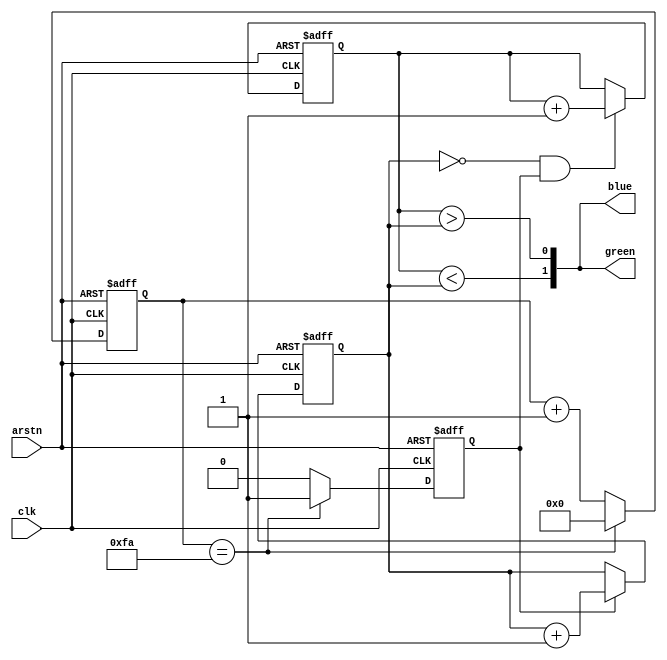
module ledctrl
    (input clk, arstn,
     output [1:0] green,
     output [1:0] blue);

  reg [23:0] cyclecnt;
  reg [7:0] sagtannur;
  reg [7:0] lysnad;
  reg tick;

  always @(posedge clk,negedge arstn) begin
    if(arstn == 1'b0) begin
       cyclecnt <= 24'd0;
       tick <= 1'b0;
    end else begin
       tick <= 1'b0;
       cyclecnt <= cyclecnt + 1;
       if (cyclecnt == 250) begin
           tick <= 1'b1;
           cyclecnt <= 24'd0;
       end 
    end
  end

  always @(posedge clk,negedge arstn) begin
    if(arstn == 1'b0) begin
       sagtannur <= 8'd0;
       lysnad <= 8'd0;
    end else begin
       if(tick) sagtannur <= sagtannur + 1;
       if (sagtannur == 8'd0 && tick) lysnad <= lysnad + 1;
    end
  end

  assign green[0] = lysnad > sagtannur;
  assign blue[0] = lysnad > sagtannur;
  assign green[1] = lysnad < sagtannur;
  assign blue[1] = lysnad < sagtannur;
endmodule // master_if